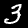
Label: 3